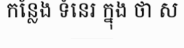
កន្លែង ទំនេរ ក្នុង ថា ស